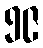
၅၉